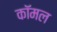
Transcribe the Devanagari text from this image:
कॉमल